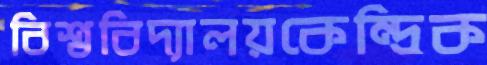
বিশ্ববিদ্যালয়কেন্দ্রিক